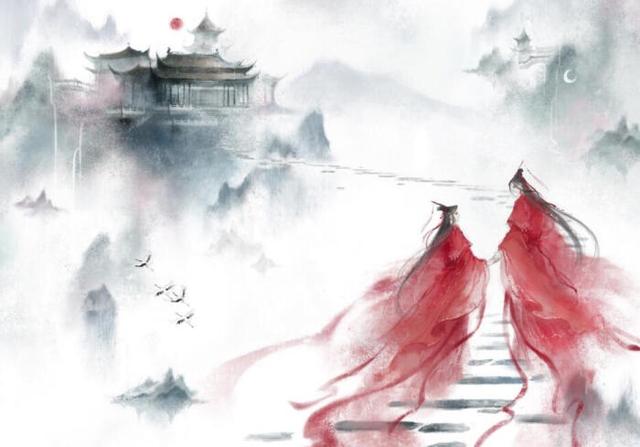
今日斗酒会，明旦沟水头。